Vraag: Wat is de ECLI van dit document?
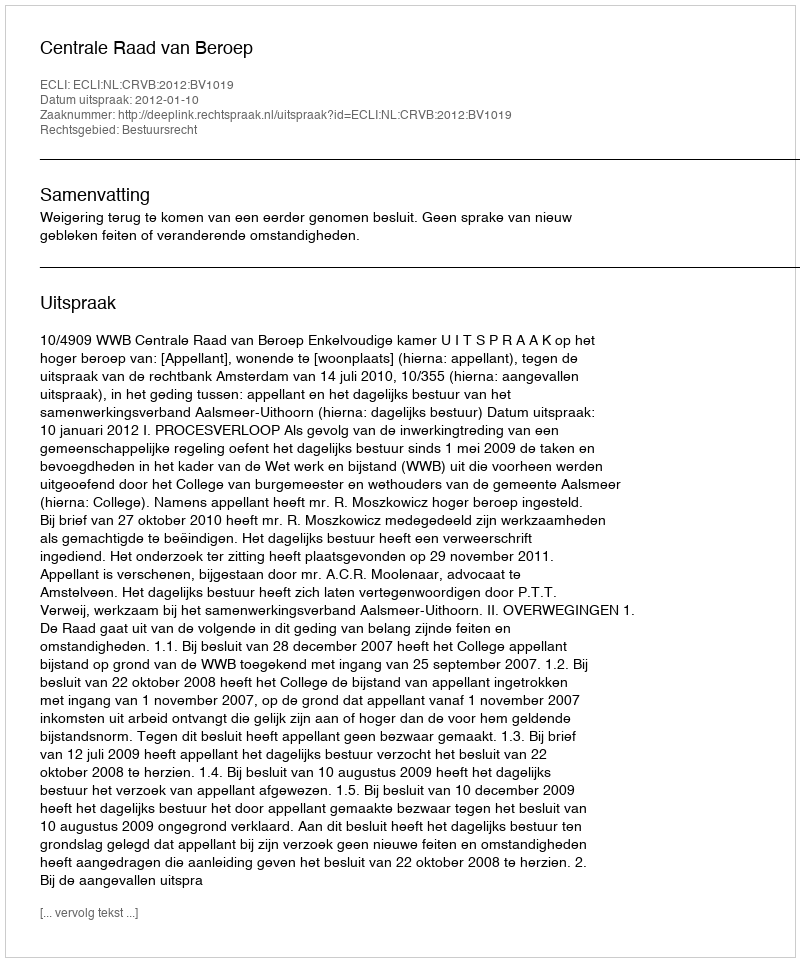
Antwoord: ECLI:NL:CRVB:2012:BV1019